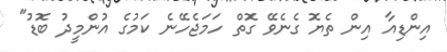
އިންޑިއާ އިން ތެޔޮ ގެނެވޭ ގޮތް ހަމަޖެހޭނެ ކަމުގެ އުންމީދު ބޮޑު"